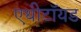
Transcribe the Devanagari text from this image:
एथीटॉयड